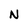
Character: N